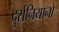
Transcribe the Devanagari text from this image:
दुर्रानियानो